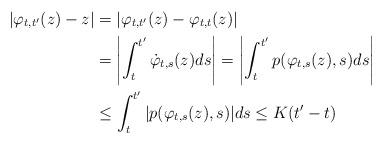
LaTeX: \begin{align*}|\varphi_{t,t'}(z) - z| & = |\varphi_{t,t'}(z) - \varphi_{t,t}(z)|\\& = \left|\int_{t}^{t'} \dot{\varphi}_{t,s}(z) ds\right| = \left|\int_{t}^{t'} p(\varphi_{t,s}(z), s) ds\right|\\& \leq \int_{t}^{t'} |p(\varphi_{t,s}(z), s)| ds \leq K(t' - t) \end{align*}